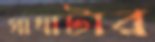
সাঘাটার